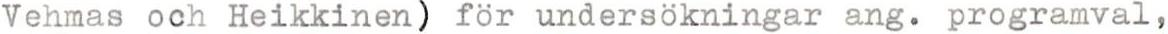
Vehmas och Heikkinen) för undersökningar ang. programval,